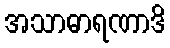
အသာဓာရဏာဒိ